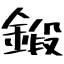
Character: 鍛